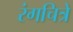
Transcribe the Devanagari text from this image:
रंगचित्रे